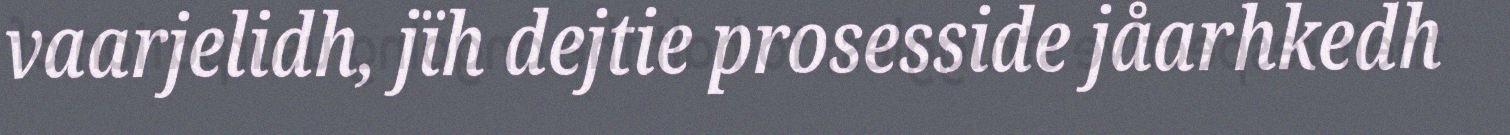
vaarjelidh, jïh dejtie prosesside jåarhkedh